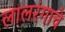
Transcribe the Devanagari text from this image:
लालरंगाचे